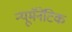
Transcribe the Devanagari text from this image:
न्यूमॅनेटिक